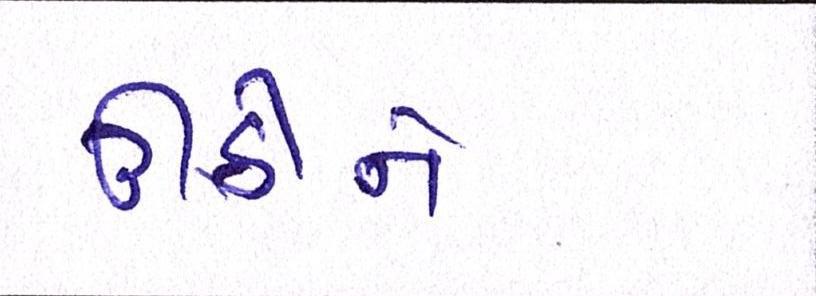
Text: ઊઠીને